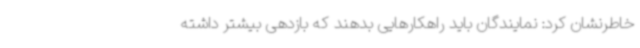
خاطرنشان کرد: نمایندگان باید راهکارهایی بدهند که بازدهی بیشتر داشته